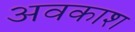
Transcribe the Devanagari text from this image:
अवकाश्‍ा